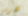
تضربنى